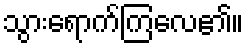
သွားရောက်ကြလေ၏။